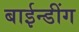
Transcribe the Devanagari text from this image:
बाईन्डींग